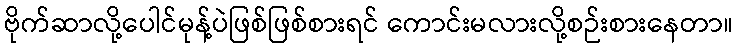
ဗိုက်ဆာလို့ပေါင်မုန့်ပဲဖြစ်ဖြစ်စားရင် ကောင်းမလားလို့စဉ်းစားနေတာ။